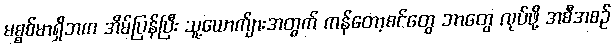
မစ္စစ်မာရှိဘက အိမ်ပြန်ပြီး သူ့ယောက်ျားအတွက် ကန်တော့စင်တွေ ဘာတွေ လုပ်ဖို့ အစီအစဉ်